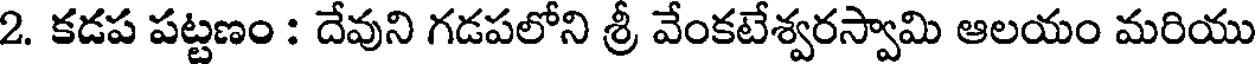
2. కడప పట్టణం : దేవుని గడపలోని శ్రీ వేంకటేశ్వరస్వామి ఆలయం మరియు